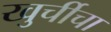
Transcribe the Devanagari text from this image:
खुर्चीचा